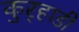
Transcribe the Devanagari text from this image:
कुर्‍हाडी